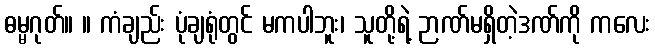
ဓမ္မဂုတ်။ ။ ကံချည်း ပုံချရုံတွင် မကပါဘူး၊ သူတို့ရဲ့ ဉာဏ်မရှိတဲ့ဒဏ်ကို ကလေး